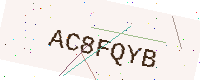
Text: AC8FQYB